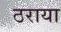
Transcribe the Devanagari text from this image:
ठराया